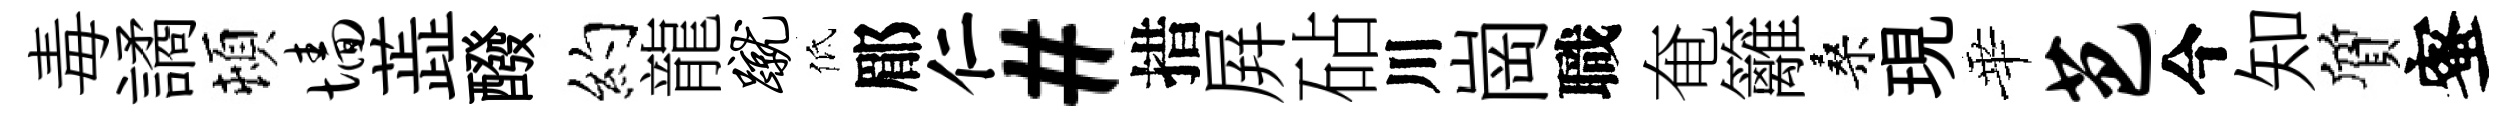
毒譎頓墙蕋醱约龍蹴低郿仁#措屛砧川崗職奄籬桑現華芭今知質蜜